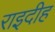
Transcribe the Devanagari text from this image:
राइदीह